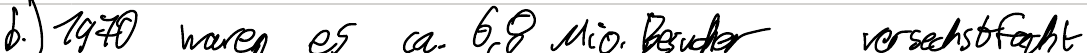
b.) 1970 waren es ca. 6,8 Mio. Besucher  versechsfacht